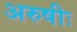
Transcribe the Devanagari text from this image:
अरुषीः